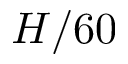
H / 6 0